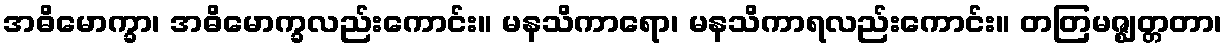
အဓိမောက္ခာ၊ အဓိမောက္ခလည်းကောင်း။ မနသိကာရော၊ မနသိကာရလည်းကောင်း။ တတြမဇ္ဈတ္တတာ၊